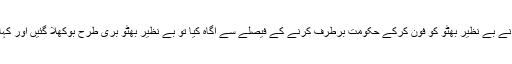
بے نظیر بھٹو کی تشفی ہو گئی لیکن شام پونے پانچ بجے جب صدر غلام اسحاق خان نے بے نظیر بھٹو کو فون کرکے حکومت برطرف کرنے کے فیصلے سے آگاہ کیا تو بے نظیر بھٹو بری طرح بوکھلا گئیں اور کہا کہ ’’اگر آپ نے یہی فیصلہ کر رکھا تھا تو آج صبح آپ نے اس کی تردید کیوں کی؟